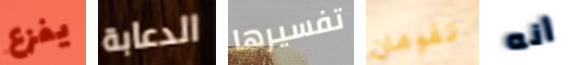
يفزع الدعابة تفسيرها تقومان أنه